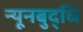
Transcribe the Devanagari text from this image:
न्यूनबुद्धि